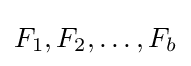
F_{1},F_{2},\dots ,F_{b}